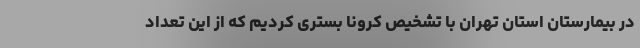
در بیمارستان استان تهران با تشخیص کرونا بستری کردیم که از این تعداد